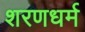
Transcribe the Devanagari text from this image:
शरणधर्म